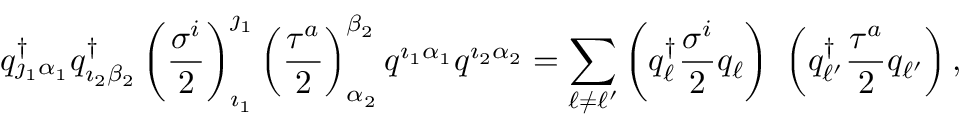
q _ { \jmath _ { 1 } \alpha _ { 1 } } ^ { \dagger } q _ { \imath _ { 2 } \beta _ { 2 } } ^ { \dagger } \left( { \frac { \sigma ^ { i } } { 2 } } \right) _ { \imath _ { 1 } } ^ { \jmath _ { 1 } } \left( { \frac { \tau ^ { a } } { 2 } } \right) _ { \alpha _ { 2 } } ^ { \beta _ { 2 } } q ^ { \imath _ { 1 } \alpha _ { 1 } } q ^ { \imath _ { 2 } \alpha _ { 2 } } = \sum _ { \ell \neq \ell ^ { \prime } } \left( q _ { \ell } ^ { \dagger } { \frac { \sigma ^ { i } } { 2 } } q _ { \ell } \right) \ \left( q _ { \ell ^ { \prime } } ^ { \dagger } { \frac { \tau ^ { a } } { 2 } } q _ { \ell ^ { \prime } } \right) ,